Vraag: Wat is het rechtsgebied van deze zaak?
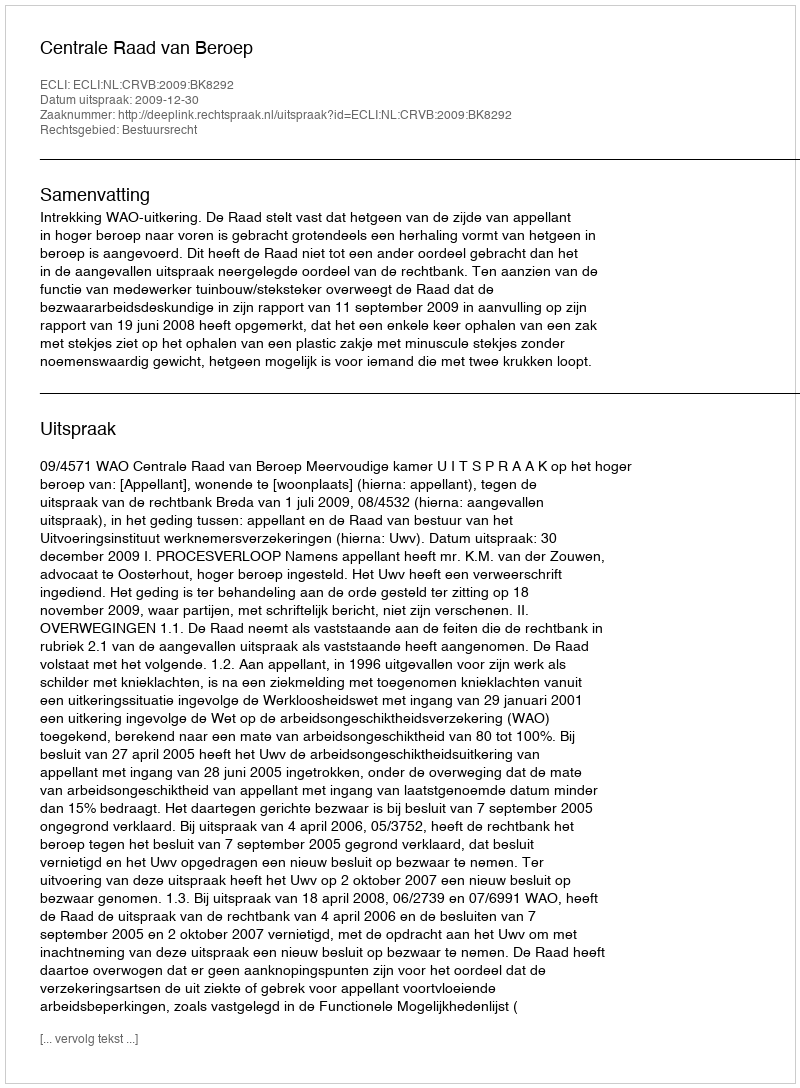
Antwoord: Bestuursrecht